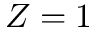
Z = 1